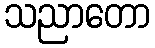
သညာတော